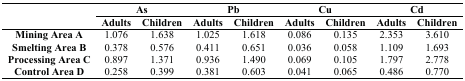
| <ROWSPAN=2>  | <COLSPAN=2> As | <COLSPAN=2> Pb | <COLSPAN=2> Cu | <COLSPAN=2> Cd |
 | Adults | Children | Adults | Children | Adults | Children | Adults | Children |
 | --- | --- | --- | --- | --- | --- | --- | --- | --- |
 | Mining Area A | 1.076 | 1.638 | 1.025 | 1.618 | 0.086 | 0.135 | 2.353 | 3.610 |
 | Smelting Area B | 0.378 | 0.576 | 0.411 | 0.651 | 0.036 | 0.058 | 1.109 | 1.693 |
 | Processing Area C | 0.897 | 1.371 | 0.936 | 1.490 | 0.069 | 0.105 | 1.797 | 2.778 |
 | Control Area D | 0.258 | 0.399 | 0.381 | 0.603 | 0.041 | 0.065 | 0.486 | 0.770 |